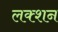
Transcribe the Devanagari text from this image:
लक्शन